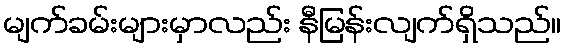
မျက်ခမ်းများမှာလည်း နီမြန်းလျက်ရှိသည်။